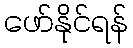
ဖော်နိုင်ရန်